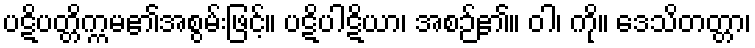
ပဋိပတ္တိက္ကမ၏အစွမ်းဖြင့်။ ပဋိပါဋိယာ၊ အစဉ်၏။ ဝါ၊ ကို။ ဒေသိတတ္တာ၊